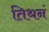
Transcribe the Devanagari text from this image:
तिथनं